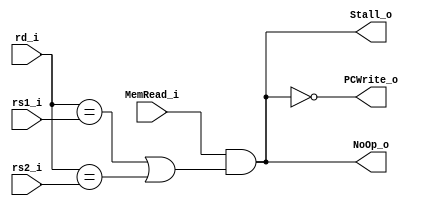
module Hazard_Detection
(
    MemRead_i,
    rd_i,
    rs1_i,
    rs2_i,
    NoOp_o,
    PCWrite_o,
    Stall_o
);

input MemRead_i;
input [4:0] rd_i, rs1_i, rs2_i;
output NoOp_o, PCWrite_o, Stall_o;
assign NoOp_o = (MemRead_i & (rd_i == rs1_i || rd_i == rs2_i));
assign PCWrite_o = ~(MemRead_i & (rd_i == rs1_i || rd_i == rs2_i));
assign Stall_o = (MemRead_i & (rd_i == rs1_i || rd_i == rs2_i));

endmodule